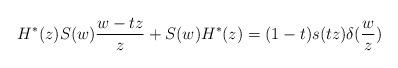
LaTeX: \begin{align*}H^*(z)S(w)\frac{w-tz}z+S(w)H^*(z)=(1-t)s(tz)\delta(\frac wz)\end{align*}